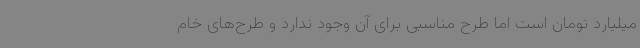
میلیارد تومان است اما طرح مناسبی برای آن وجود ندارد و طرح‌های خام